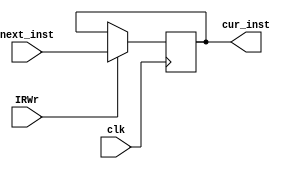
`timescale 1ns / 1ps
//////////////////////////////////////////////////////////////////////////////////
// Company: 
// Engineer: 
// 
// Design Name: 
// Module Name: IR
// Project Name: 
// Target Devices: 
// Tool Versions: 
// Description: 
// 
// Dependencies: 
// 
// Revision:
// Revision 0.01 - File Created
// Additional Comments:
// 
//////////////////////////////////////////////////////////////////////////////////


module IR(
    input             clk,
    input             IRWr,
    input      [31:0] next_inst,
    output reg [31:0] cur_inst
);
    always @(negedge clk) begin
        if (IRWr) begin
            cur_inst <= next_inst;
        end
        else begin
            cur_inst <= cur_inst;
        end
    end

endmodule